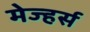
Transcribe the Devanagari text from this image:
मेज्हर्स